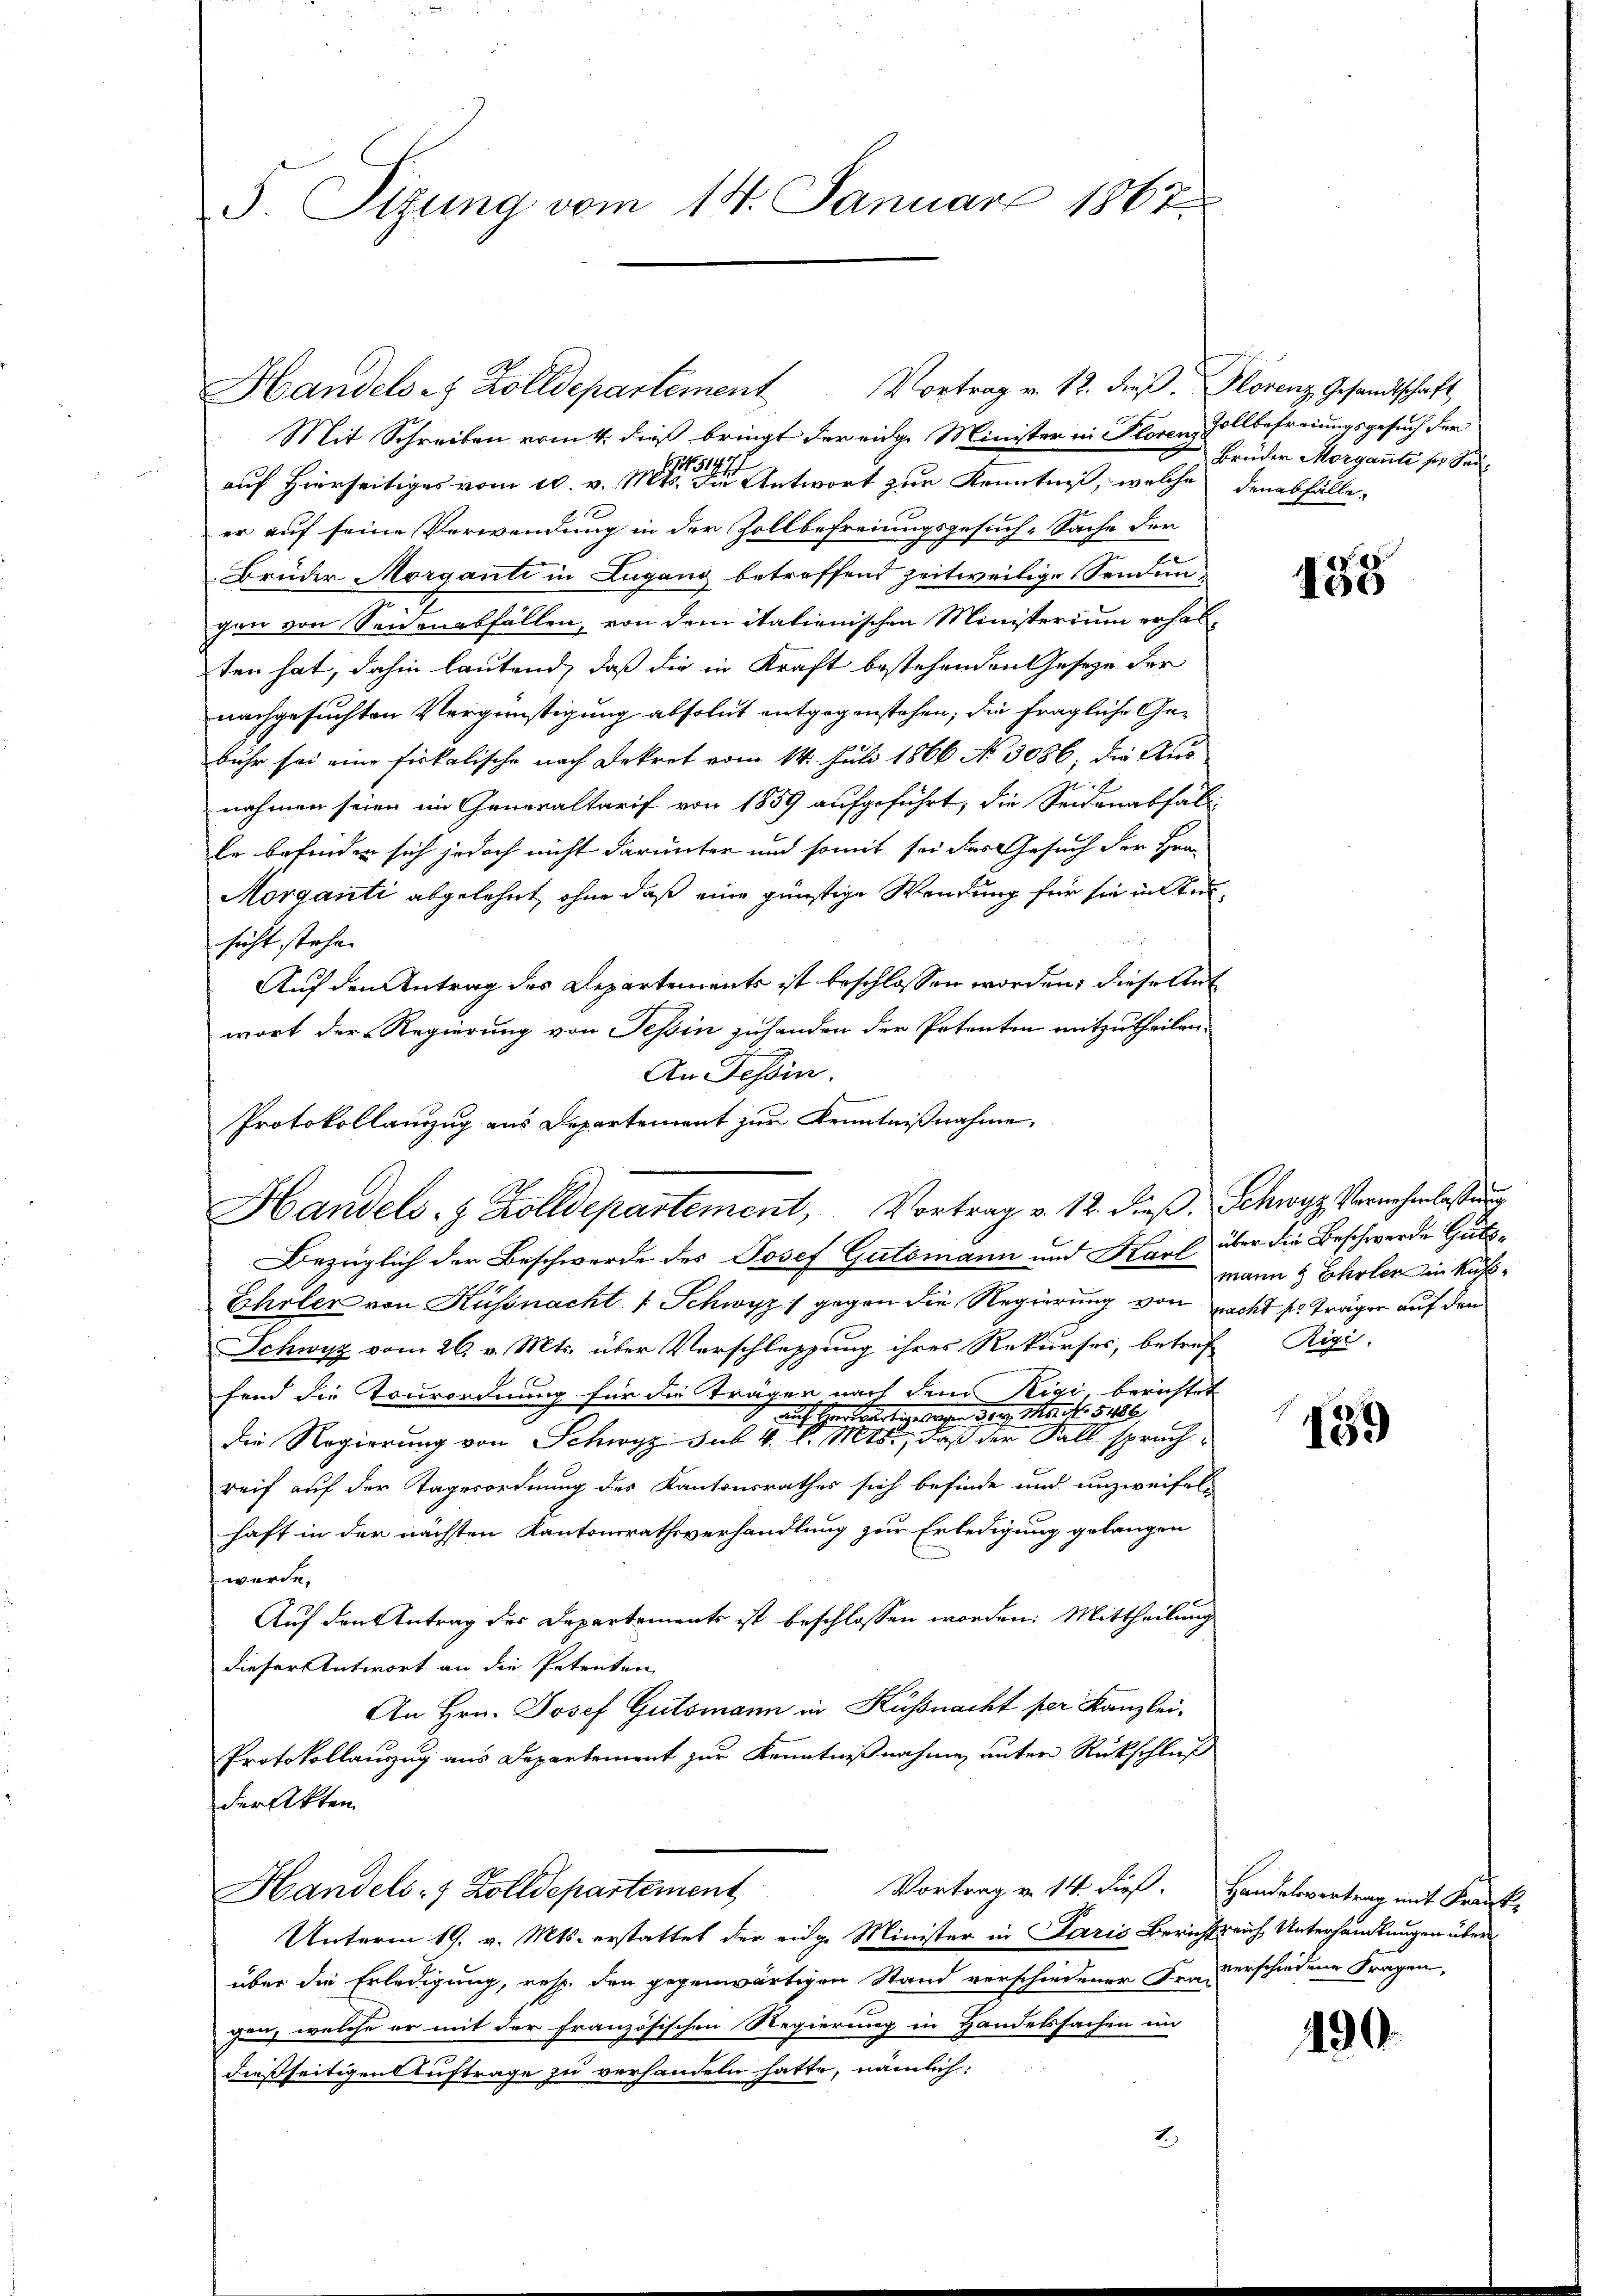
S. Tizung vom 14. Januar 1862

Mit Schreiben vom 4. dieß bringt der einge Minister in Florenz Vollbefreiungsgesuch der
15191
auf Herrseitiges vom 20. v. Mts. die Antwort zur Kenntniß, welche den abfälle,
er auf seine Verwendung in der Zollbefreiungsgesuch-Sache der
Brüder Morganti in Lugang betreffend zeitweilige Sendungen von Seidenabfällen, von dem itationischen Ministerium erhalten hat, dahin lautend, daß die in Kraft bestehenden Gesetze der
nachgesuchten Vergünstigung absolut entgegenstehen, die fragliche Gebühr sei eine fiskalische nach Dekret vom 14. Juli 1866 No 3086, die Aus
nahmen seien im Generaltarif von 1859 aufgeführt, die Seidenabfall
le befinden sich jedoch nicht darunter und somit sei des Gesuch der Hra
Morganti abgelehnt, ohne daß eine günstige Wendung für sie intersicht stehe.
Auf den Antrag des Departements ist beschlossen worden; dieseltet
wort der Regierung von Tessin zuhanden der Petenten mitzutheilen.
An Tessin.
Protokollanzug aus Departement zur Kenntnißnahme,

Handels- & Zolldepartement Vortrag v. 12. dieß. Florenz Gesandtschaft,

Handels- & Zolldepartement, Vortrag v. 12. dieβ, Schwyz, Vernehmlassŭng
Bezüglich der Beschwerde des Josef Gutsmann und Karl über die Beschwerde Guts¬

Ehrler von Hüssnacht 1 Schwyz) gegen die Regierung von nacht so tragen auf den
Schwyz vom 26. v. Mts. über Verschlassung ihres Rekurses, betref Rigi-
fond die Tourordnung für die Träger nach dem Rigi, berichtet
1 auf Herr artig wegen der Mr. No. 516.
die Regierung von Schwyz sub. 4. d. Mts., daß der Fall sprachreif auf der Tagesordnung des Kantonsrathes sich befinde und unzweifel-
haft in der nächsten Kantonsrathsverhandlung zur Erledigung gelangen
werde.
Auf den Antrag des Departements ist beschlossen worden. Mittheilung
dieser Antwort an die Petenten
An Hrn. Josef Gutsmann in Küssnacht per Kanzlei-
Protokollanzug aus Departement zur Kenntnißnahme unter Rückschluß
der Akten

Unterm 19. v. Mts. erstattet der eidge Minister in Paris Bericht reich Unterhandlungen über
über die Erledigung, resp. den gegenwärtigen Stand verschiedener Frau erschiedene Fragen,
gen, welche er mit der französischen Regierung in Handelssachen im
dießseitigen Auftrage zu verhandeln hatte, nämlich:
2.)

Vortrag v. 14. dieß.
Handels- 7 Zolldepartement

Brüder Morgante so sei¬

V. 41
150

mann  Ehler in Küß¬

139

Handelsvertrag mit Krank¬

190.